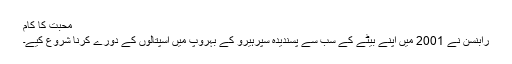
محبت کا کام
رابنسن نے 2001 میں اپنے بیٹے کے سب سے پسندیدہ سپرہیرو کے بہروپ میں اسپتالوں کے دورے کرنا شروع کیے۔